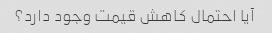
آیا احتمال کاهش قیمت وجود دارد؟